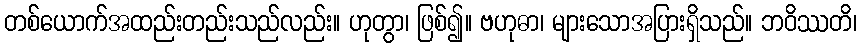
တစ်ယောက်အထည်းတည်းသည်လည်း။ ဟုတွာ၊ ဖြစ်၍။ ဗဟုဓာ၊ များသောအပြားရှိသည်။ ဘဝိဿတိ၊